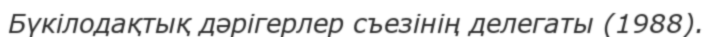
Бүкілодақтық дәрігерлер съезінің делегаты (1988).